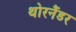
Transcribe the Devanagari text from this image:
थोरनैंडर